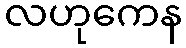
လဟုကေန